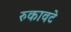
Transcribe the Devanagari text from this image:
रुकावटे